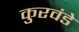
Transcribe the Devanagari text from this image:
कुरवंडे